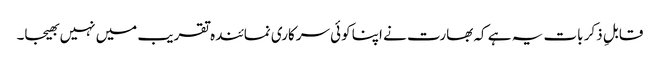
قابلِ ذکر بات یہ ہے کہ بھارت نے اپنا کوئی سرکاری نمائندہ تقریب میں نہیں بھیجا۔